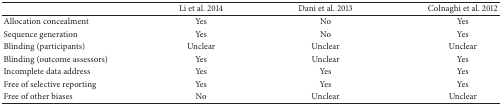
<table><thead><tr><td><b> </b></td><td><b>Li et al. 2014</b></td><td><b>Dani et al. 2013</b></td><td><b>Colnaghi et al. 2012</b></td></tr></thead><tbody><tr><td>Allocation concealment</td><td>Yes</td><td>No</td><td>Yes</td></tr><tr><td>Sequence generation</td><td>Yes</td><td>No</td><td>Yes</td></tr><tr><td>Blinding (participants)</td><td>Unclear</td><td>Unclear</td><td>Unclear</td></tr><tr><td>Blinding (outcome assessors)</td><td>Yes</td><td>Unclear</td><td>Yes</td></tr><tr><td>Incomplete data address</td><td>Yes</td><td>Yes</td><td>Yes</td></tr><tr><td>Free of selective reporting</td><td>Yes</td><td>Yes</td><td>Yes</td></tr><tr><td>Free of other biases</td><td>No</td><td>Unclear</td><td>Unclear</td></tr></tbody></table>